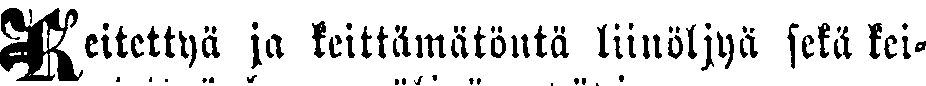
Keitettyä ja keittämätöntä liinöljyä sekä kei-